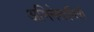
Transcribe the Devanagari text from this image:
अभिनेताचित्रों